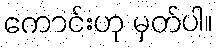
ကောင်းဟု မှတ်ပါ။